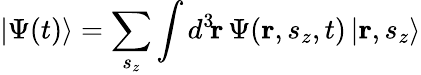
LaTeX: |\Psi(t)\rangle=\sum_{s_{z}}\int d^{3}\! \mathbf{r}\, \Psi(\mathbf{r},s_{z},t)\, |\mathbf{r},s_{z}\rangle